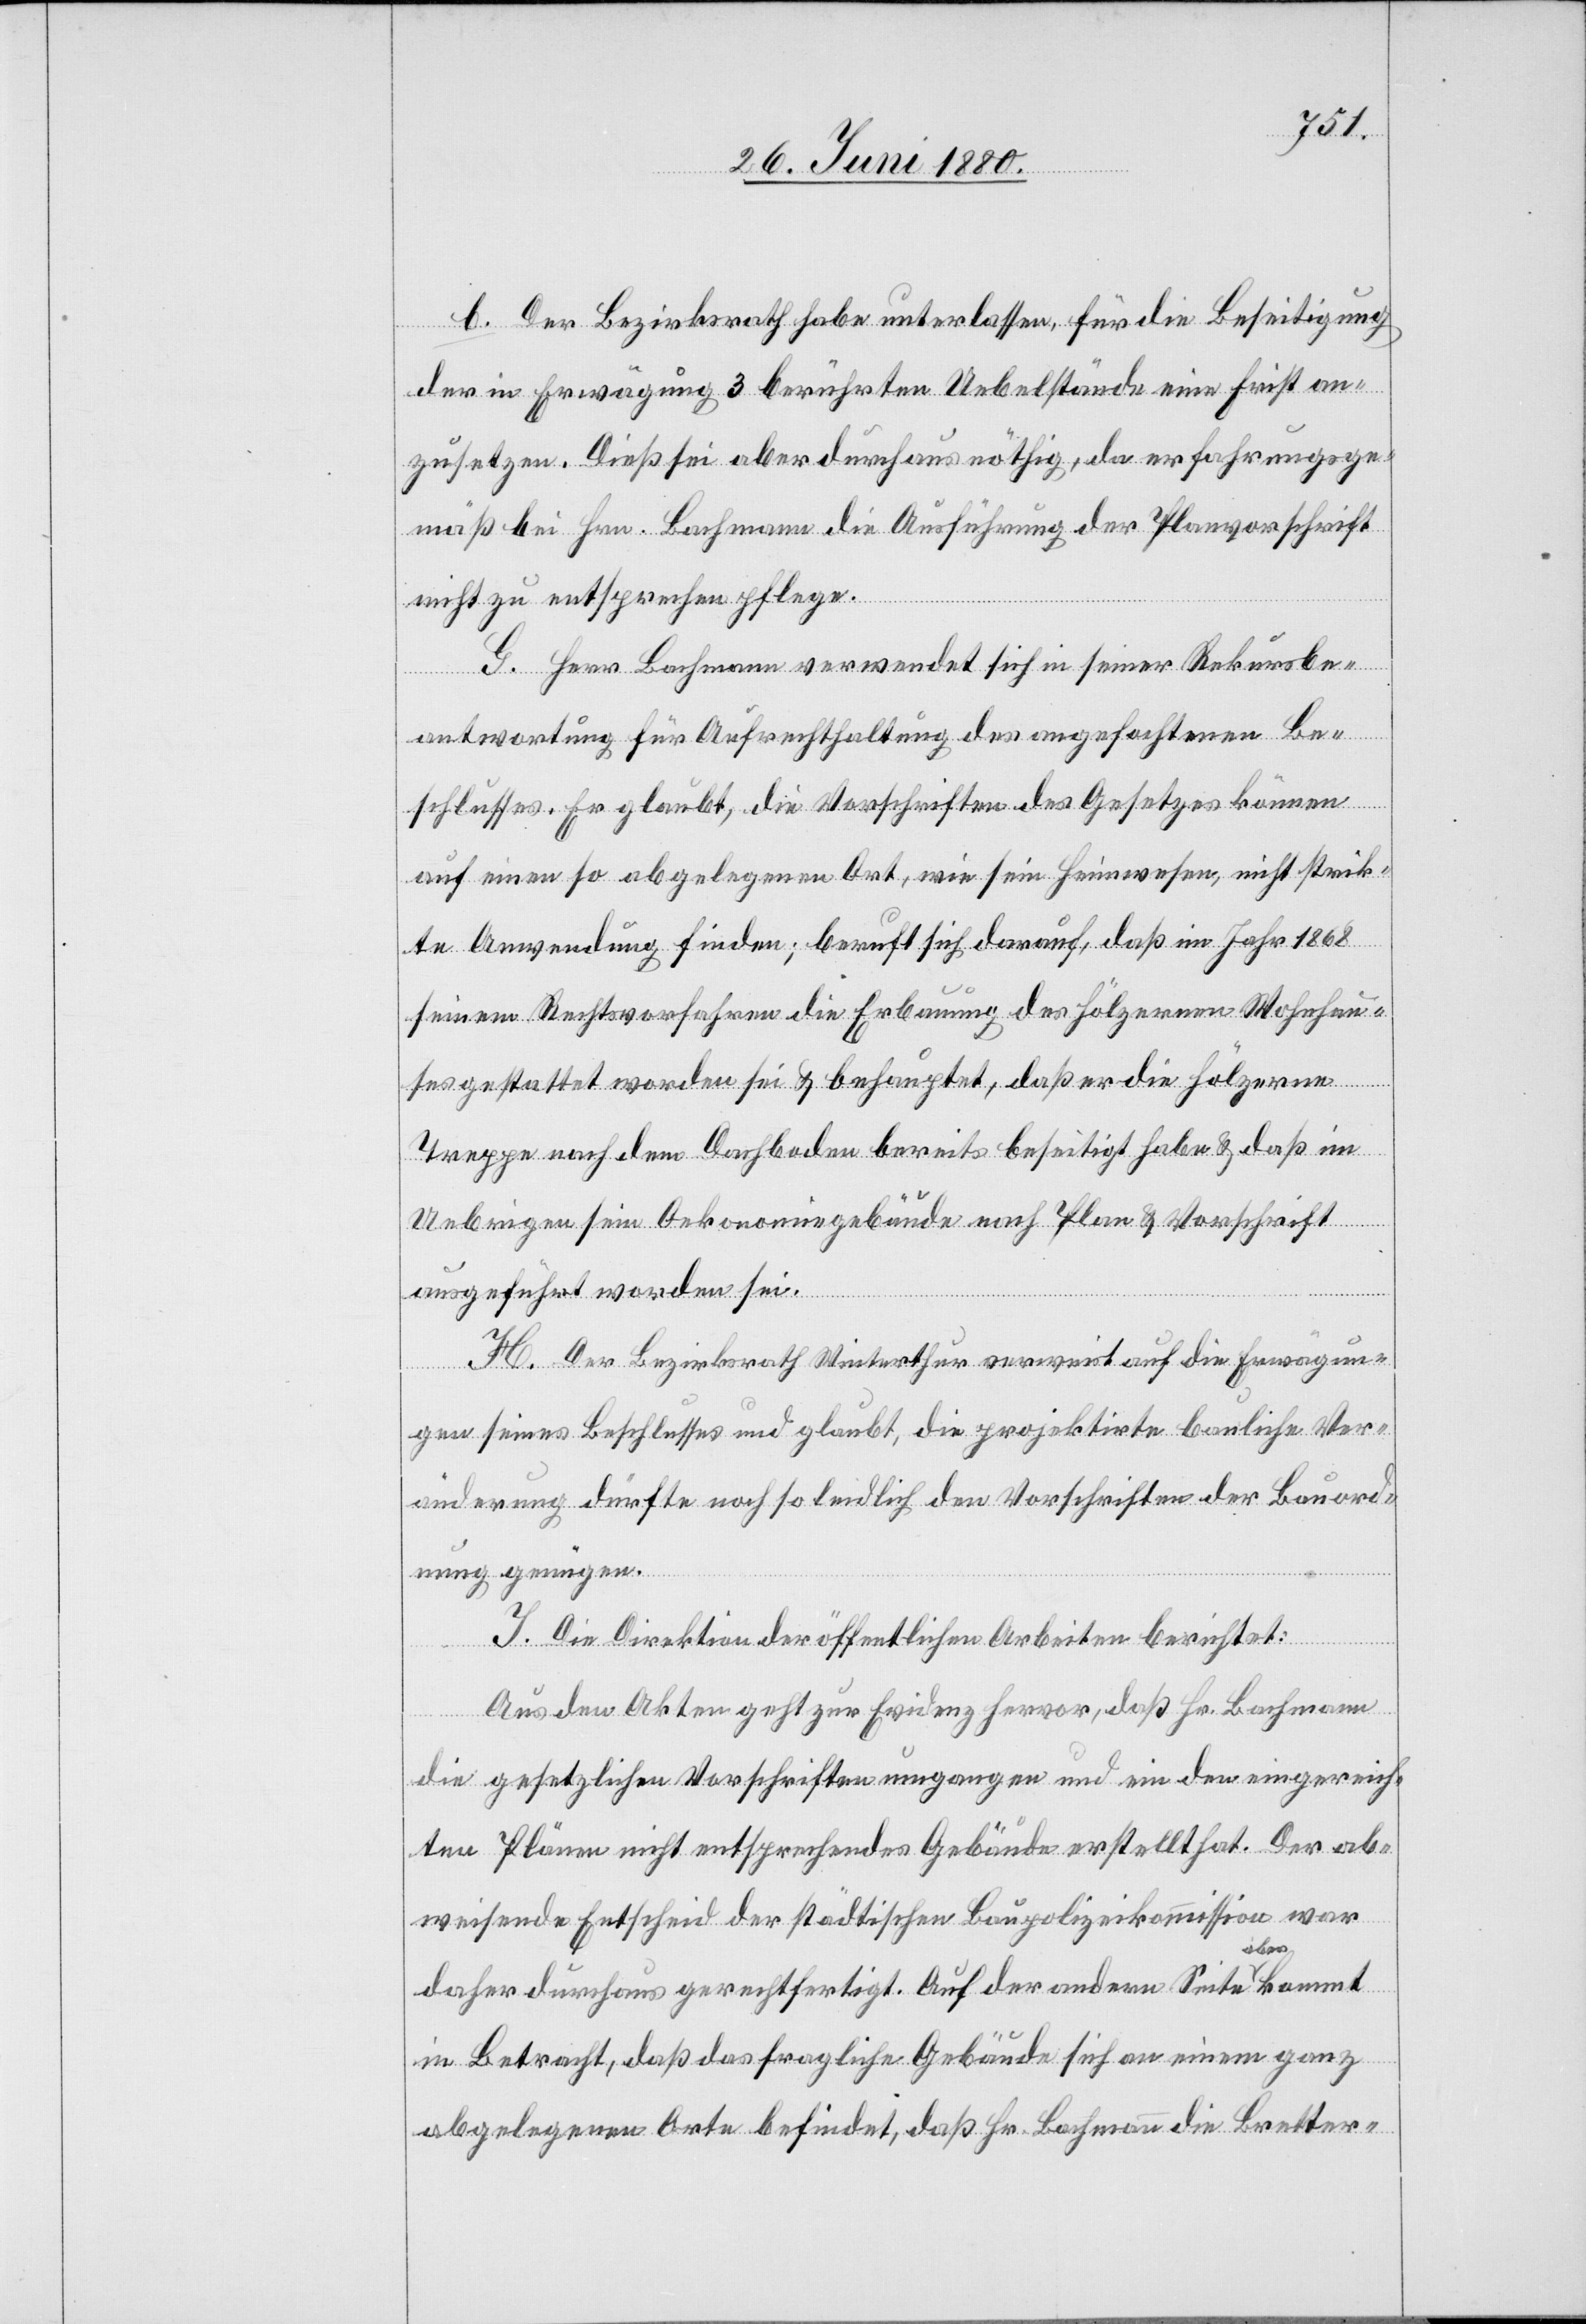
b. Der Bezirksrath habe unterlassen, für die Beseitigung
der in Erwägung 3 berührten Uebelstände eine Frist an¬
zusetzen. Dieß sei aber durchaus nöthig, da erfahrungsge¬
mäß bei Hrn. Bachmann die Ausführung der Planvorschrift
nicht zu entsprechen pflege.
G. Herr Bachmann verwendet sich in seiner Rekursbe¬
antwortung für Aufrechthaltung des angefochtenen Be¬
schlusses. Er glaubt, die Vorschriften des Gesetzes können
auf einen so abgelegenen Ort, wie sein Heimwesen, nicht strik¬
te Anwendung finden; beruft sich darauf, daß im Jahr 1868
seinem Rechtvorfahren die Erbauung des hölzernen Wohnhau¬
ses gestattet worden sei & behauptet, daß er die hölzerne
Treppe nach dem Dachboden bereits beseitigt habe & daß im
Uebrigen sein Oekonomiegebäude nach Plan & Vorschrift
ausgeführt worden sei.
H. Der Bezirksrath Winterthur verweist auf die Erwägun¬
gen seines Beschlusses und glaubt, die projektirte bauliche Ver¬
änderung dürfte noch so leidlich den Vorschriften der Bauord¬
nung genügen.
I. Die Direktion der öffentlichen Arbeiten berichtet:
Aus den Akten geht zur Evidenz hervor, daß Hr. Bachmann
die gesetzlichen Vorschriften umgangen und ein den eingereich¬
ten Plänen nicht entsprechendes Gebäude erstellt hat. Der ab¬
weisende Entscheid der städtischen Baupolizeikommission war
daher durchaus gerechtfertigt. Auf der andern Seite aber kommt
in Betracht, daß das fragliche Gebäude sich an einem ganz
abgelegenen Orte befindet, daß Hr. Bachmann die Bretter-